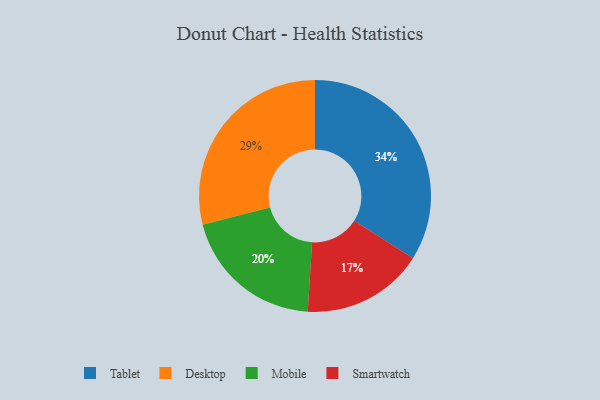
{"axis": {"x": "Category", "y": "Percentage"}, "legend": ["Desktop", "Mobile", "Smartwatch", "Tablet"], "data": [{"x": "Desktop", "y": 29, "type": "Desktop"}, {"x": "Mobile", "y": 20, "type": "Mobile"}, {"x": "Tablet", "y": 34, "type": "Tablet"}, {"x": "Smartwatch", "y": 17, "type": "Smartwatch"}]}